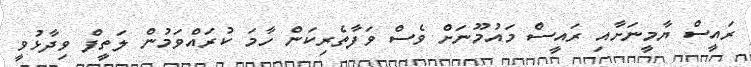
ރައީސް ޔާމީނަށާއި ރައީސް މައުމޫނަށް ވެސް ވަފާތެރިކަން ހާމަ ކުރައްވަމުން ލަތީފް ވިދާޅުވީ